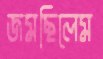
জমছিলেম